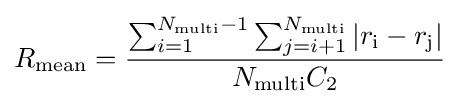
{R_{\text{mean}}}={\frac {\sum _{i=1}^{{N_{\text{multi}}}-1}\sum _{j=i+1}^{N_{\text{multi}}}|{r_{\text{i}}}-{r_{\text{j}}}|}{{N_{\text{multi}}}{C_{\text{2}}}}}